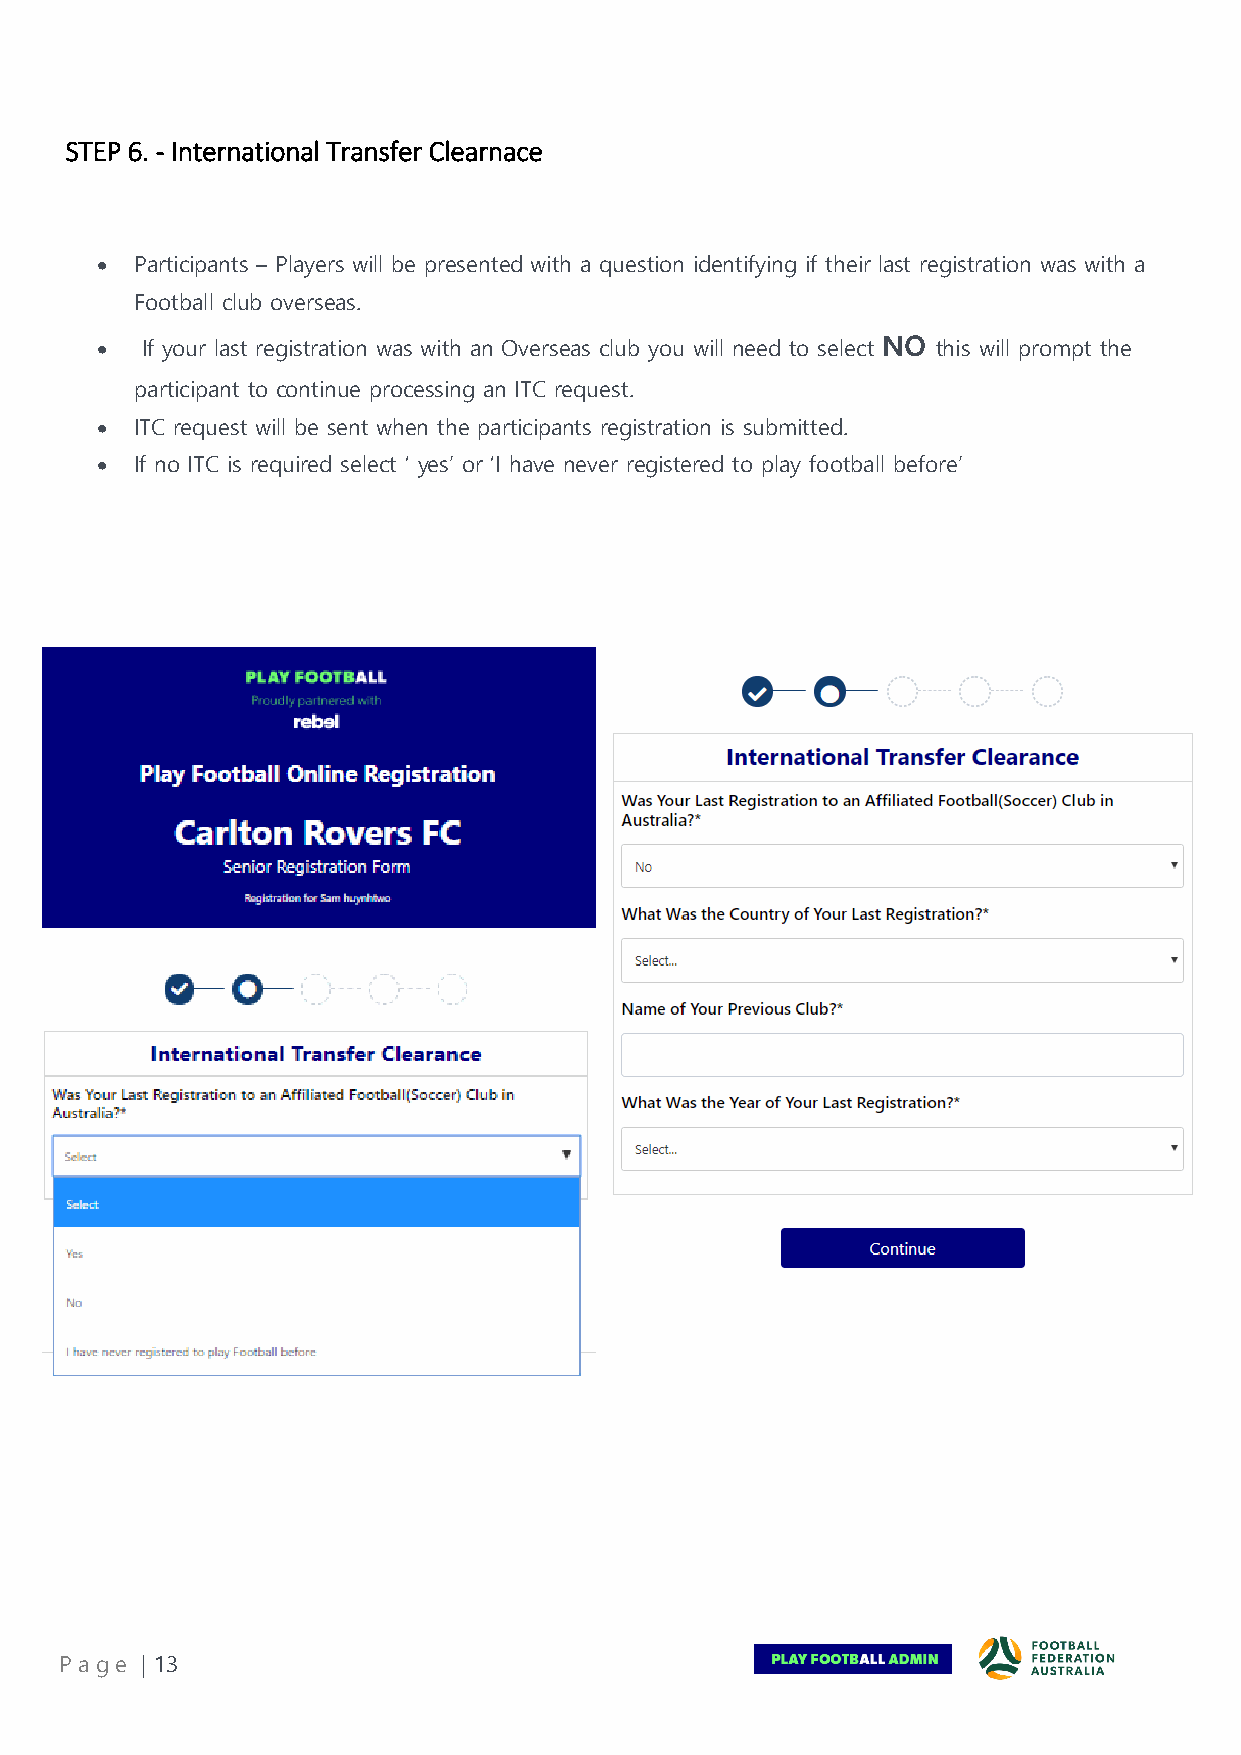
STEP 6. - International Transfer Clearnace
 •  Participants – Players will be presented with a question identifying if their last registration was with a
 Football club overseas.
 •  If your last registration was with an Overseas club you will need to select NO this will prompt the
 participant to continue processing an ITC request.
 •  ITC request will be sent when the participants registration is submitted.
 •  If no ITC is required select ‘ yes’ or ‘I have never registered to play football before’
 Pa ge | 13